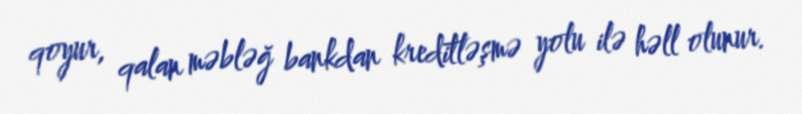
qoyur, qalan məbləğ bankdan kreditləşmə yolu ilə həll olunur.